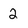
Character: 2